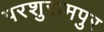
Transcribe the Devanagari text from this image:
परशुरामपुर